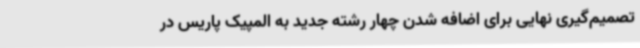
تصمیم‌گیری نهایی برای اضافه شدن چهار رشته جدید به المپیک پاریس در